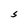
Character: S